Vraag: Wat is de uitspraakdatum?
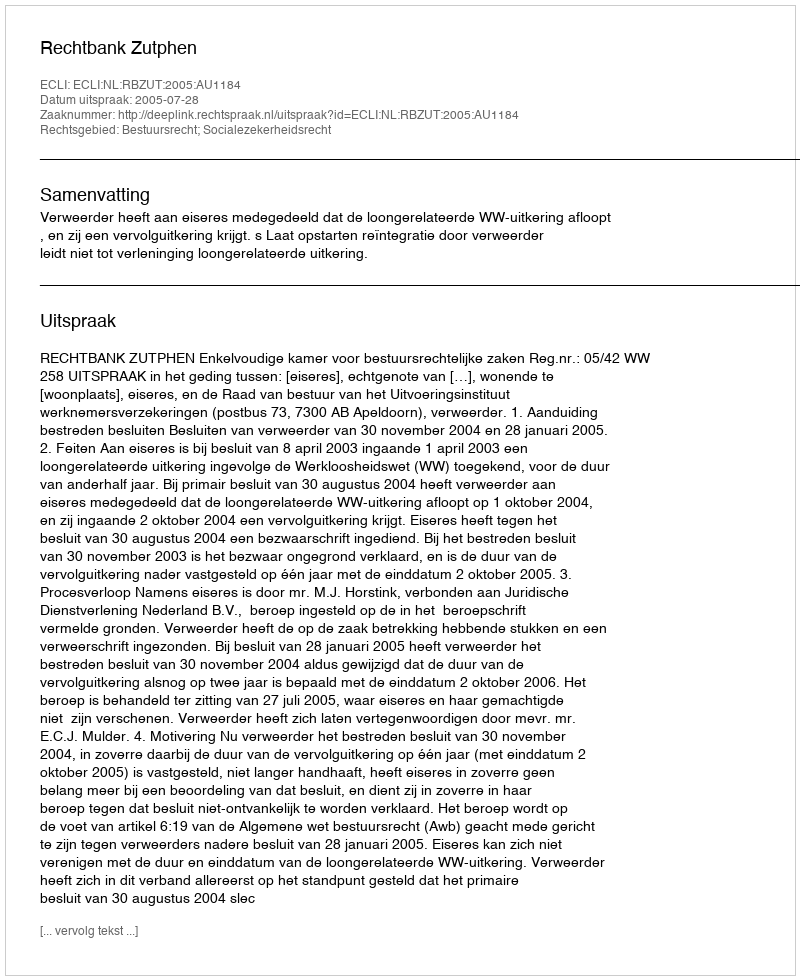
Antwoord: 2005-07-28